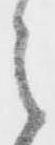
之